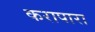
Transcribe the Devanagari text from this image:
करापारा